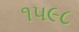
૧૫૯૮